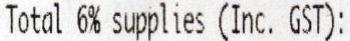
TOTAL 6% SUPPLIES (INC. GST):